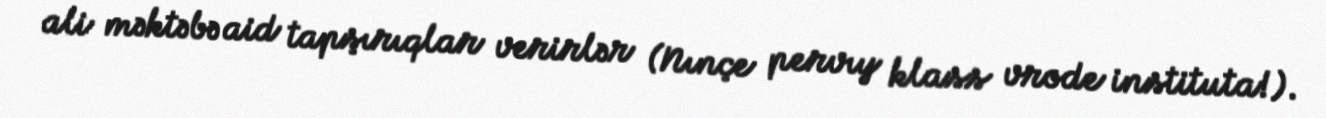
ali məktəbə aid tapşırıqlar verirlər (Nınçe pervıy klass vrode instituta!).